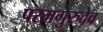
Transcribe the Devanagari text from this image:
परमगुरुदेव